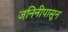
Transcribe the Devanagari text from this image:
जनिनीपासून